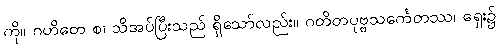
ကို။ ဂဟိတေ စ၊ သိအပ်ပြီးသည် ရှိသော်လည်း။ ဂတိတပုဗ္ဗသင်္ကေတဿ၊ ရှေး၌